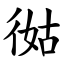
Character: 㣨